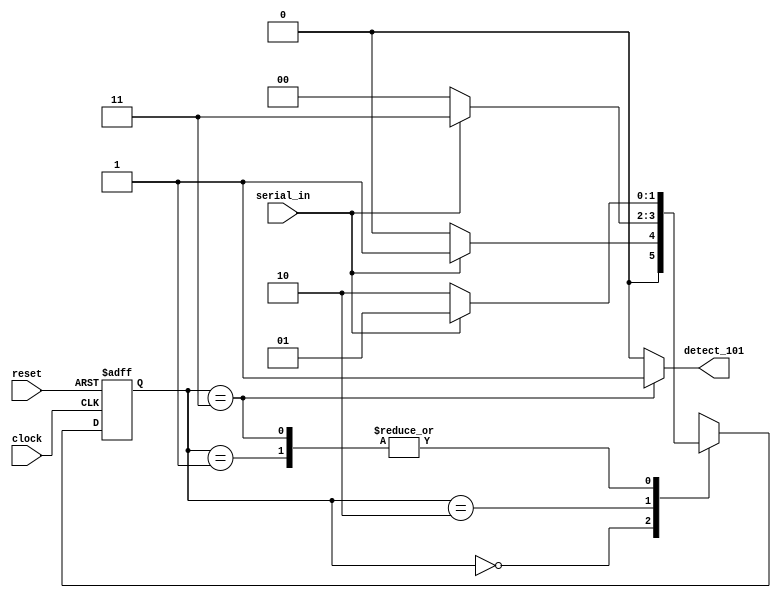
// This program was cloned from: https://github.com/FPGADude/Digital-Design
// License: GNU General Public License v3.0


module seq_det_101c(
	input clock,
	input reset,
	input serial_in,
	output detect_101
);

	parameter S0 = 2'b00;
	parameter S1 = 2'b01;
	parameter S2 = 2'b10;
	parameter S3 = 2'b11;
	
	reg [1:0] current_state, next_state;

	always @(posedge clock or negedge reset)
		if(~reset)
			current_state <= S0;
		else
			current_state <= next_state;
			
	always @(*)
		case(current_state)
			S0 : next_state = (serial_in == 1) ? S1 : S0;
			S1 : next_state = (serial_in == 0) ? S2 : S1;
			S2 : next_state = (serial_in == 1) ? S3 : S0;
			S3 : next_state = (serial_in == 1) ? S1 : S2;
		endcase

	assign detect_101 = (current_state == S3) ? 1 : 0;

endmodule